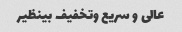
عالی و سریع و‌تخفیف بینظیر